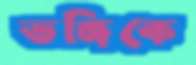
ভঙ্গিকে